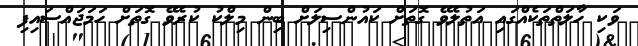
ވަކި ހާލަތްތަކެއްގައި އަތުލެވޭ ގޮތަށް ކައުންސިލަށް ބިން މިލްކު ކުރެވޭ ގޮތަށް ހަމަޖައްސައިފި